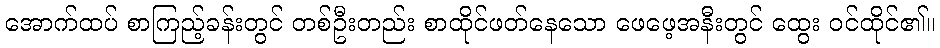
အောက်ထပ် စာကြည့်ခန်းတွင် တစ်ဦးတည်း စာထိုင်ဖတ်နေသော ဖေဖေ့အနီးတွင် ထွေး ဝင်ထိုင်၏။